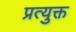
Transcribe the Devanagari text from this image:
प्रत्युक्त